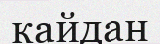
кайдан